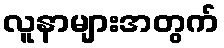
လူနာများအတွက်